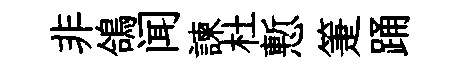
非鴿闻諫杜慙箑踊